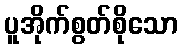
ပူအိုက်စွတ်စိုသော